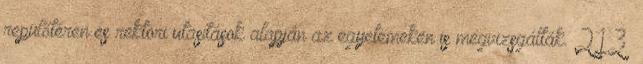
repülőtéren és rektori utasítások alapján az egyetemeken is megvizsgálták. 213